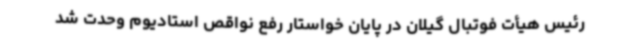
رئیس هیأت فوتبال گیلان در پایان خواستار رفع نواقص استادیوم وحدت شد